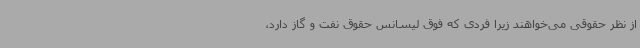
از نظر حقوقی می‌خواهند زیرا فردی که فوق لیسانس حقوق نفت و گاز دارد،